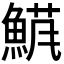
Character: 𬵘